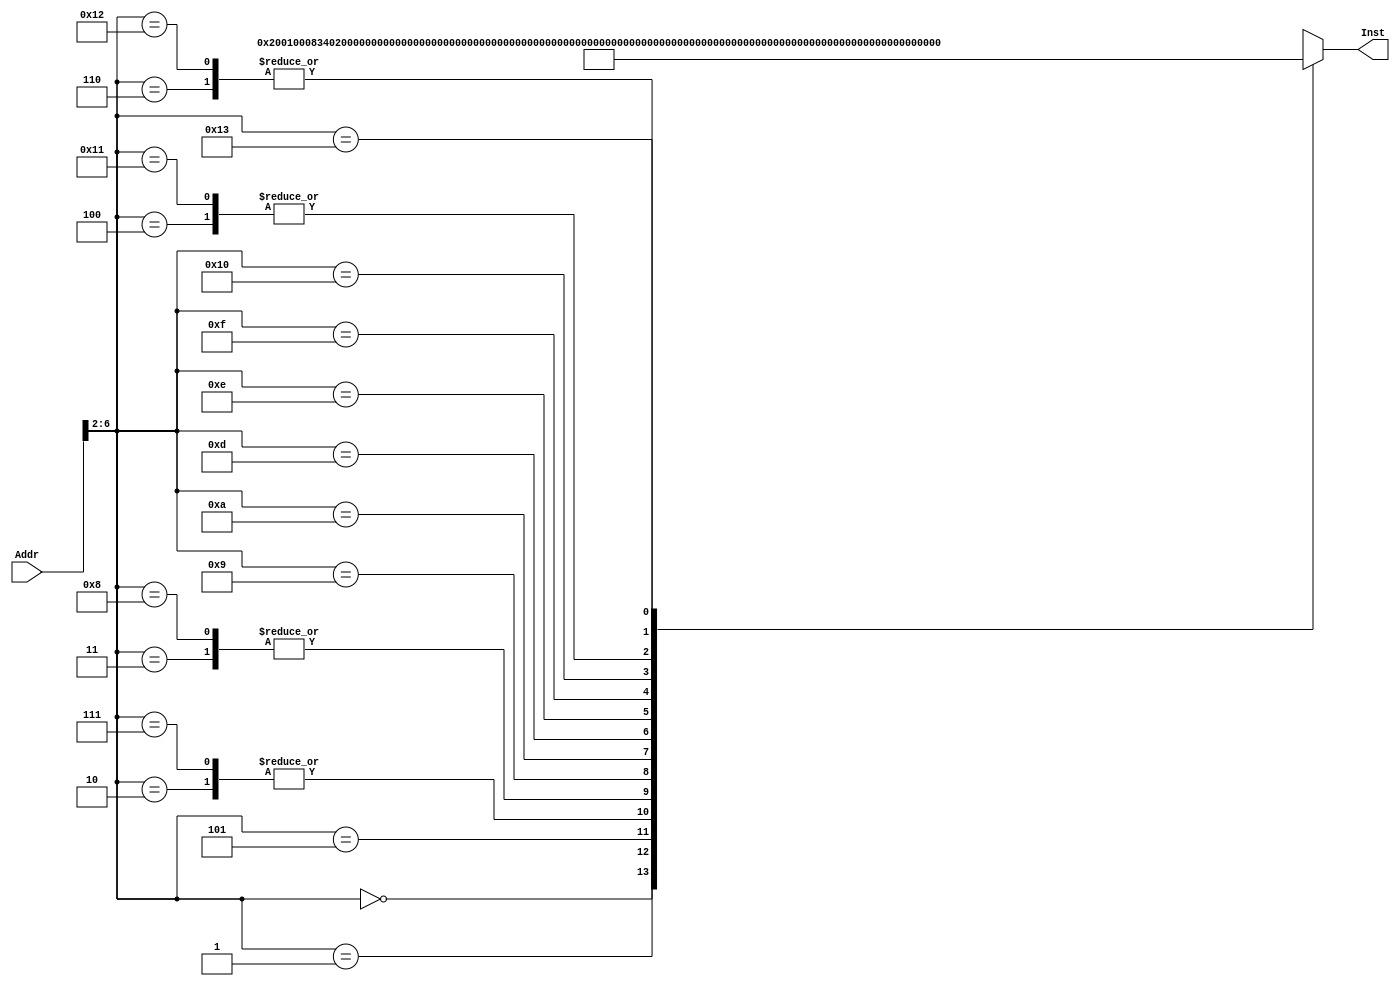
`timescale 1ns / 1ps
//////////////////////////////////////////////////////////////////////////////////
// Company: 
// Engineer: 
// 
// Design Name: 
// Module Name: INSETMEM
// Project Name: 
// Target Devices: 
// Tool Versions: 
// Description: 
// 
// Dependencies: 
// 
// Revision:
// Revision 0.01 - File Created
// Additional Comments:
// 
//////////////////////////////////////////////////////////////////////////////////


module INSTMEM(Addr,Inst);
input [31:0]Addr;
output [31:0]Inst;
wire [31:0]Rom[31:0];
assign Rom[5'h00]=32'h20010008;//addi $1,$0,8 $1=8//001000 00000 00001 0000000000001000
assign Rom[5'h01]=32'h3402000C;//ori $2,$0,12 $2=12//00110100000000100000000000001100
assign Rom[5'h02]=32'h00221820;//add $3,$1,$2 $3=20//
assign Rom[5'h03]=32'h00412022;//sub $4,$2,$1 $4=4//00000000010000010010000000100010
assign Rom[5'h04]=32'h00222824;//and $5,$1,$2
assign Rom[5'h05]=32'h00223025;//or $6,$1,$2
assign Rom[5'h06]=32'h14220006;//bne $1,$2,6//00010100001000010000000000000110
assign Rom[5'h07]=32'h00221820;//add $3,$1,$2 $3=20
assign Rom[5'h08]=32'h00412022;//sub $4,$2,$1 $4=4
assign Rom[5'h09]=32'h10220002;// beq $1,$2,2
assign Rom[5'h0A]=32'h0800000D;// J 0D 
assign Rom[5'h0B]=32'hXXXXXXXX;
assign Rom[5'h0C]=32'hXXXXXXXX;
assign Rom[5'h0D]=32'hAD02000A;// sw $2 10($8) memory[$8+10]=12
assign Rom[5'h0E]=32'h8D04000A;//lw $4 10($8) $4=12
assign Rom[5'h0F]=32'h10440002;//beq $2,$4,2//lw
assign Rom[5'h10]=32'h20210004;//addi $1,$1,4 //00100000001000010000000000000100
assign Rom[5'h11]=32'h00222824;//and $5,$1,$2
assign Rom[5'h12]=32'h14220006;//bne $1,$2,6
assign Rom[5'h13]=32'h30470009;//andi $2,9,$7//
assign Rom[5'h14]=32'hXXXXXXXX;
assign Rom[5'h15]=32'hXXXXXXXX;
assign Rom[5'h16]=32'hXXXXXXXX;
assign Rom[5'h17]=32'hXXXXXXXX;
assign Rom[5'h18]=32'hXXXXXXXX;
assign Rom[5'h19]=32'hXXXXXXXX;
assign Rom[5'h1A]=32'hXXXXXXXX;
assign Rom[5'h1B]=32'hXXXXXXXX;
assign Rom[5'h1C]=32'hXXXXXXXX;
assign Rom[5'h1D]=32'hXXXXXXXX;
assign Rom[5'h1E]=32'hXXXXXXXX;
assign Rom[5'h1F]=32'hXXXXXXXX;
assign Inst=Rom[Addr[6:2]];
endmodule